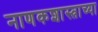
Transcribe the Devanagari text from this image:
नाणकशास्त्राच्या